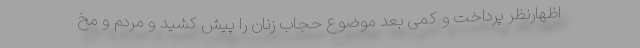
اظهارنظر پرداخت و کمی بعد موضوع حجاب زنان را پیش کشید و مردم و مخ